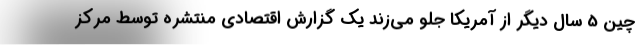
چین 5 سال دیگر از آمریکا جلو می‌زند یک گزارش اقتصادی منتشره توسط مرکز